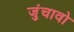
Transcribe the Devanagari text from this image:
जुंचावो